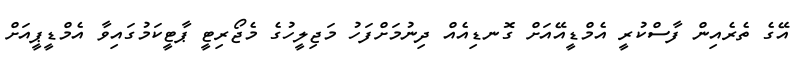
އޭގެ ތެރެއިން ފާސްކުރީ އެމްޑީއޭއަށް ގޮނޑިއެއް ދިނުމަށްފަހު މަޖިލީހުގެ މެޖޯރިޓީ ޕާޓީކަމުގައިވާ އެމްޑީޕީއަށް